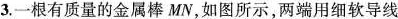
3.一根有质量的金属棒MN，如图所示，两端用细软导线